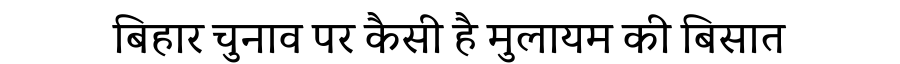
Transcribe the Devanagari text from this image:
बिहार चुनाव पर कैसी है मुलायम की बिसात